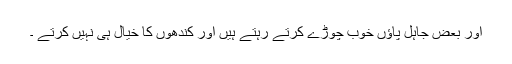
اور بعض جاہل پاؤں خوب چوڑے کرتے رہتے ہیں اور کندھوں کا خیال ہی نہیں کرتے ۔